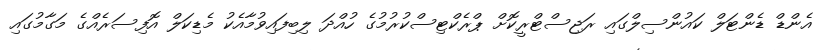
އެންޑް ޑެންޓަލް ކައުންސިލްގައި ރަޖިސްޓްރީކޮށް ޕްރެކްޓިސްކުރުމުގެ ހުއްދަ ލިބިފައިވުމާއެކު މެޑިކަލް އޮފިސަރެއްގެ މަގާމުގައި